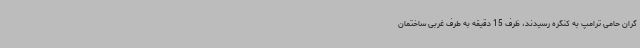
گران حامی ترامپ به کنگره رسیدند،‌ ظرف 15 دقیقه به طرف غربی ساختمان